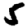
Digit: 5